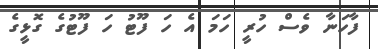
ފާހަނާ ވެސް ހުރީ ހަމަ އެ ހަ ފޫޓު ހަ ފޫޓުގެ ގޮޅީގެ